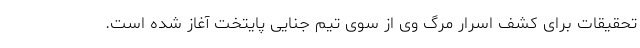
تحقیقات برای کشف اسرار مرگ وی از سوی تیم جنایی پایتخت آغاز شده است.